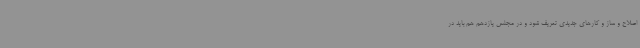
اصلاح و ساز و کارهای جدیدی تعریف شود و در مجلس یازدهم هم باید در